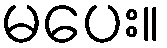
မပေး။